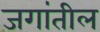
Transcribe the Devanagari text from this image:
जगांतील